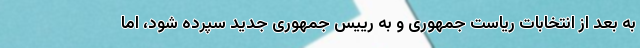
به بعد از انتخابات ریاست جمهوری و به رییس جمهوری جدید سپرده شود، اما